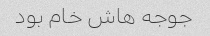
جوجه هاش خام بود